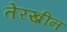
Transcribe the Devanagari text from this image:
तेरख़ीन